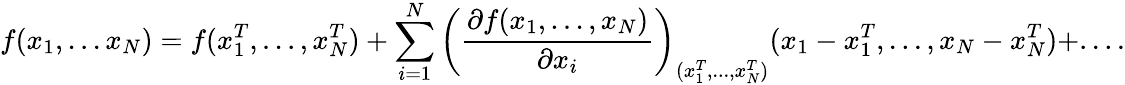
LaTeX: f(x_{1},...x_{N})=f(x_{1}^{T},...,x_{N}^{T})+\sum_{i=1}^{N}\left(\frac{\partial f(x_{1},...,x_{N})}{\partial x_{i}}\right)_{(x_{1}^{T},...,x_{N}^{T})}(x_{1}-x_{1}^{T},...,x_{N}-x_{N}^{T})+....